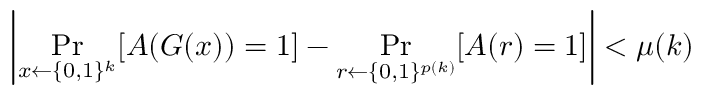
\left| \operatorname* { P r } _ { x \gets \{ 0 , 1 \} ^ { k } } [ A ( G ( x ) ) = 1 ] - \operatorname* { P r } _ { r \gets \{ 0 , 1 \} ^ { p ( k ) } } [ A ( r ) = 1 ] \right| < \mu ( k )